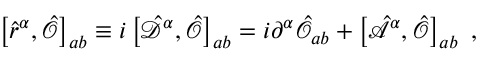
\left[ \hat { r } ^ { \alpha } , \hat { \mathcal { O } } \right] _ { a b } \equiv i \left[ \hat { \mathcal { D } } ^ { \alpha } , \hat { \mathcal { O } } \right] _ { a b } = i \partial ^ { \alpha } \hat { \mathcal { O } } _ { a b } + \left[ \hat { \mathcal { A } } ^ { \alpha } , \hat { \mathcal { O } } \right] _ { a b } \mathrm { ~ , ~ }